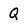
Character: Q